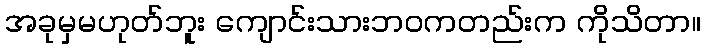
အခုမှမဟုတ်ဘူး ကျောင်းသားဘဝကတည်းက ကိုသိတာ။